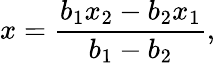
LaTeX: x={\frac{b_{1}x_{2}-b_{2}x_{1}}{b_{1}-b_{2}}},